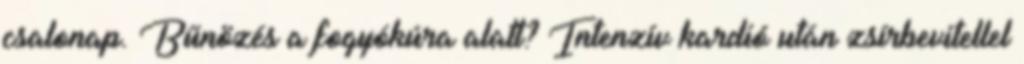
csalonap. Bűnözés a fogyókúra alatt? Intenzív kardió után zsírbevitellel